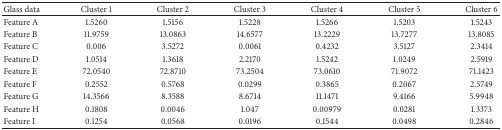
<table><thead><tr><td><b>Glass data</b></td><td><b>Cluster 1</b></td><td><b>Cluster 2</b></td><td><b>Cluster 3</b></td><td><b>Cluster 4</b></td><td><b>Cluster 5</b></td><td><b>Cluster 6</b></td></tr></thead><tbody><tr><td>Feature A</td><td>1.5260</td><td>1.5156</td><td>1.5228</td><td>1.5266</td><td>1.5203</td><td>1.5243</td></tr><tr><td>Feature B</td><td>11.9759</td><td>13.0863</td><td>14.6577</td><td>13.2229</td><td>13.7277</td><td>13.8085</td></tr><tr><td>Feature C</td><td>0.006</td><td>3.5272</td><td>0.0061</td><td>0.4232</td><td>3.5127</td><td>2.3414</td></tr><tr><td>Feature D</td><td>1.0514</td><td>1.3618</td><td>2.2170</td><td>1.5242</td><td>1.0249</td><td>2.5919</td></tr><tr><td>Feature E</td><td>72.0540</td><td>72.8710</td><td>73.2504</td><td>73.0610</td><td>71.9072</td><td>71.1423</td></tr><tr><td>Feature F</td><td>0.2552</td><td>0.5768</td><td>0.0299</td><td>0.3865</td><td>0.2067</td><td>2.5749</td></tr><tr><td>Feature G</td><td>14.3566</td><td>8.3588</td><td>8.6714</td><td>11.1471</td><td>9.4166</td><td>5.9948</td></tr><tr><td>Feature H</td><td>0.1808</td><td>0.0046</td><td>1.047</td><td>0.00979</td><td>0.0281</td><td>1.3373</td></tr><tr><td>Feature I</td><td>0.1254</td><td>0.0568</td><td>0.0196</td><td>0.1544</td><td>0.0498</td><td>0.2846</td></tr></tbody></table>